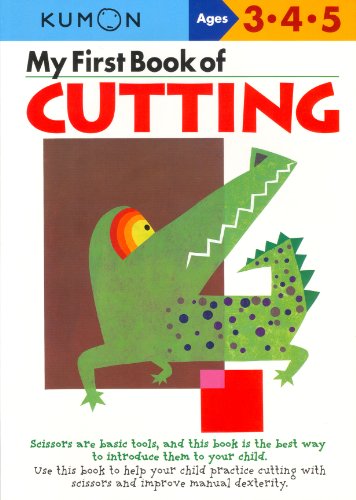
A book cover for My First Book Of Cutting (Kumon Workbooks); Shinobu Akaishi; Test Preparation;